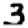
Digit: 3